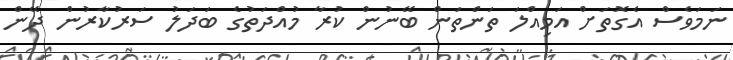
ނަމަވެސް އެގޮތަށް އަމިއްލަ ތަންތަން ބޭނުން ކުރާ މުއްދަތުގެ ބަދަލު ސަރުކާރުން ދޭން